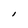
Character: l